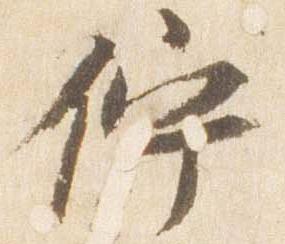
佇